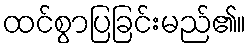
ထင်စွာပြခြင်းမည်၏။